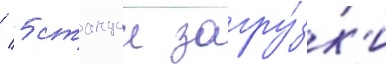
/ 5 станции загру́зк'и